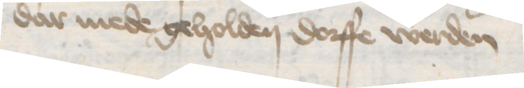
dar mede geholden dorffe werden